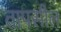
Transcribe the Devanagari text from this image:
तापसील